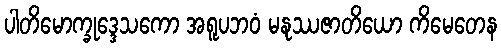
ပါတိမောက္ခုဒ္ဒေသကော အရူပဘဝံ မနုဿဇာတိယော ကိမေတေန